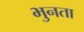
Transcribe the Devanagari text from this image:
भुनता